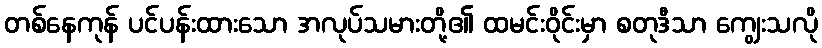
တစ်နေကုန် ပင်ပန်းထားသော အလုပ်သမားတို့၏ ထမင်းဝိုင်းမှာ စတုဒီသာ ကျွေးသလို